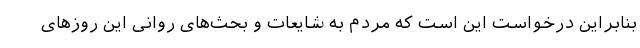
بنابراین درخواست این است که مردم به شایعات و بحث‌های روانی این روزهای